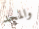
والمجد